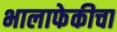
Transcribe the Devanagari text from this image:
भालाफेकीचा